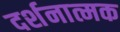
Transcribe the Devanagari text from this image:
दर्शनात्मक